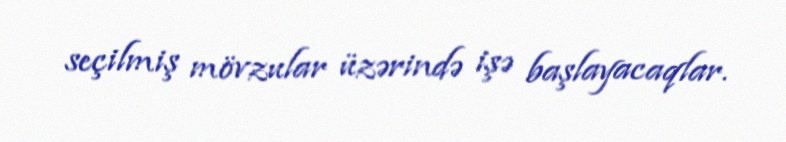
seçilmiş mövzular üzərində işə başlayacaqlar.